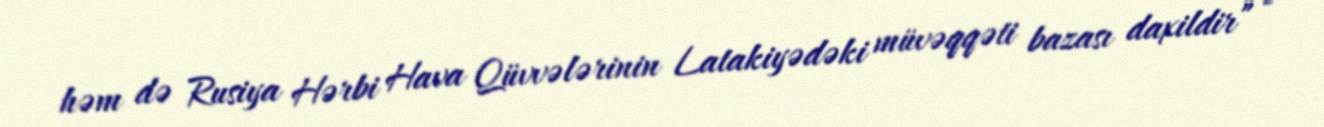
həm də Rusiya Hərbi Hava Qüvvələrinin Latakiyədəki müvəqqəti bazası daxildir” -